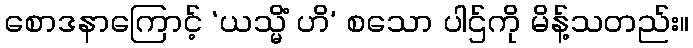
စောဒနာကြောင့် ‘ယသ္မိံ ဟိ’ စသော ပါဌ်ကို မိန့်သတည်း။